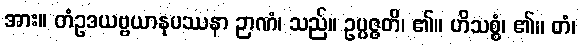
အား။ တံဥဒယဗ္ဗယာနုပဿနာ ဉာဏံ၊ သည်။ ဥပ္ပဇ္ဇတိ၊ ၏။ ဟိသစ္စံ၊ ၏။ တံ၊